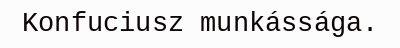
Konfuciusz munkássága.